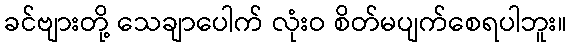
ခင်ဗျားတို့ သေချာပေါက် လုံးဝ စိတ်မပျက်စေရပါဘူး။